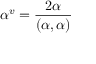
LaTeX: \alpha ^ { v } = { \frac { 2 \alpha } { ( \alpha , \alpha ) } }